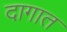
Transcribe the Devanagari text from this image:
दागात